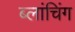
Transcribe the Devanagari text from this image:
ब्लांचिंग